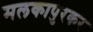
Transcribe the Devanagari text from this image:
मलकापुरकर